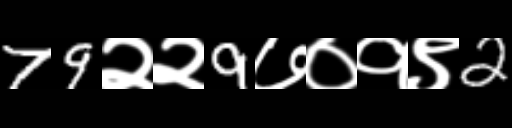
Text: 79२२9७०१९2